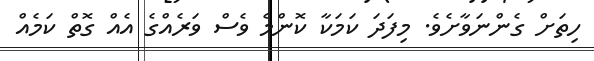
ހިތަށް ގެންނަވާށެވެ. މިފަދަ ކަމަކާ ކޮންމެ ވެސް ވަރެއްގެ އެއް ގޮތް ކަމެއް